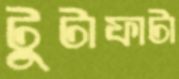
টুটাফাটা